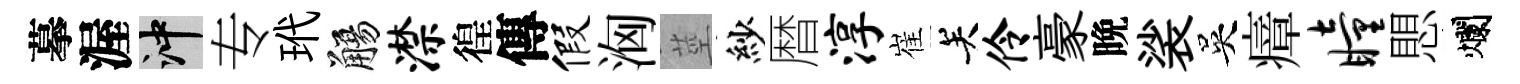
摹渥冲专玳觴潸徨傳假洶莖紗暦淳崔关伶豪晩裟吳瘴瞳愳爛